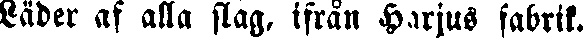
Läder af alla slag, ifrån Harjus fabrik.